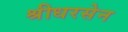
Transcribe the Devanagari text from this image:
श्रीधरसेन